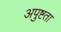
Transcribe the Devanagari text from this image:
अपुष्टता